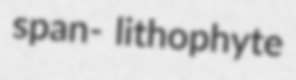
span- lithophyte